DOW-UAP-D14, Mission Report, Iraq, May 2022
Agency: Department of War
Incident date: 5/29/22
Incident location: Syria
Page 1
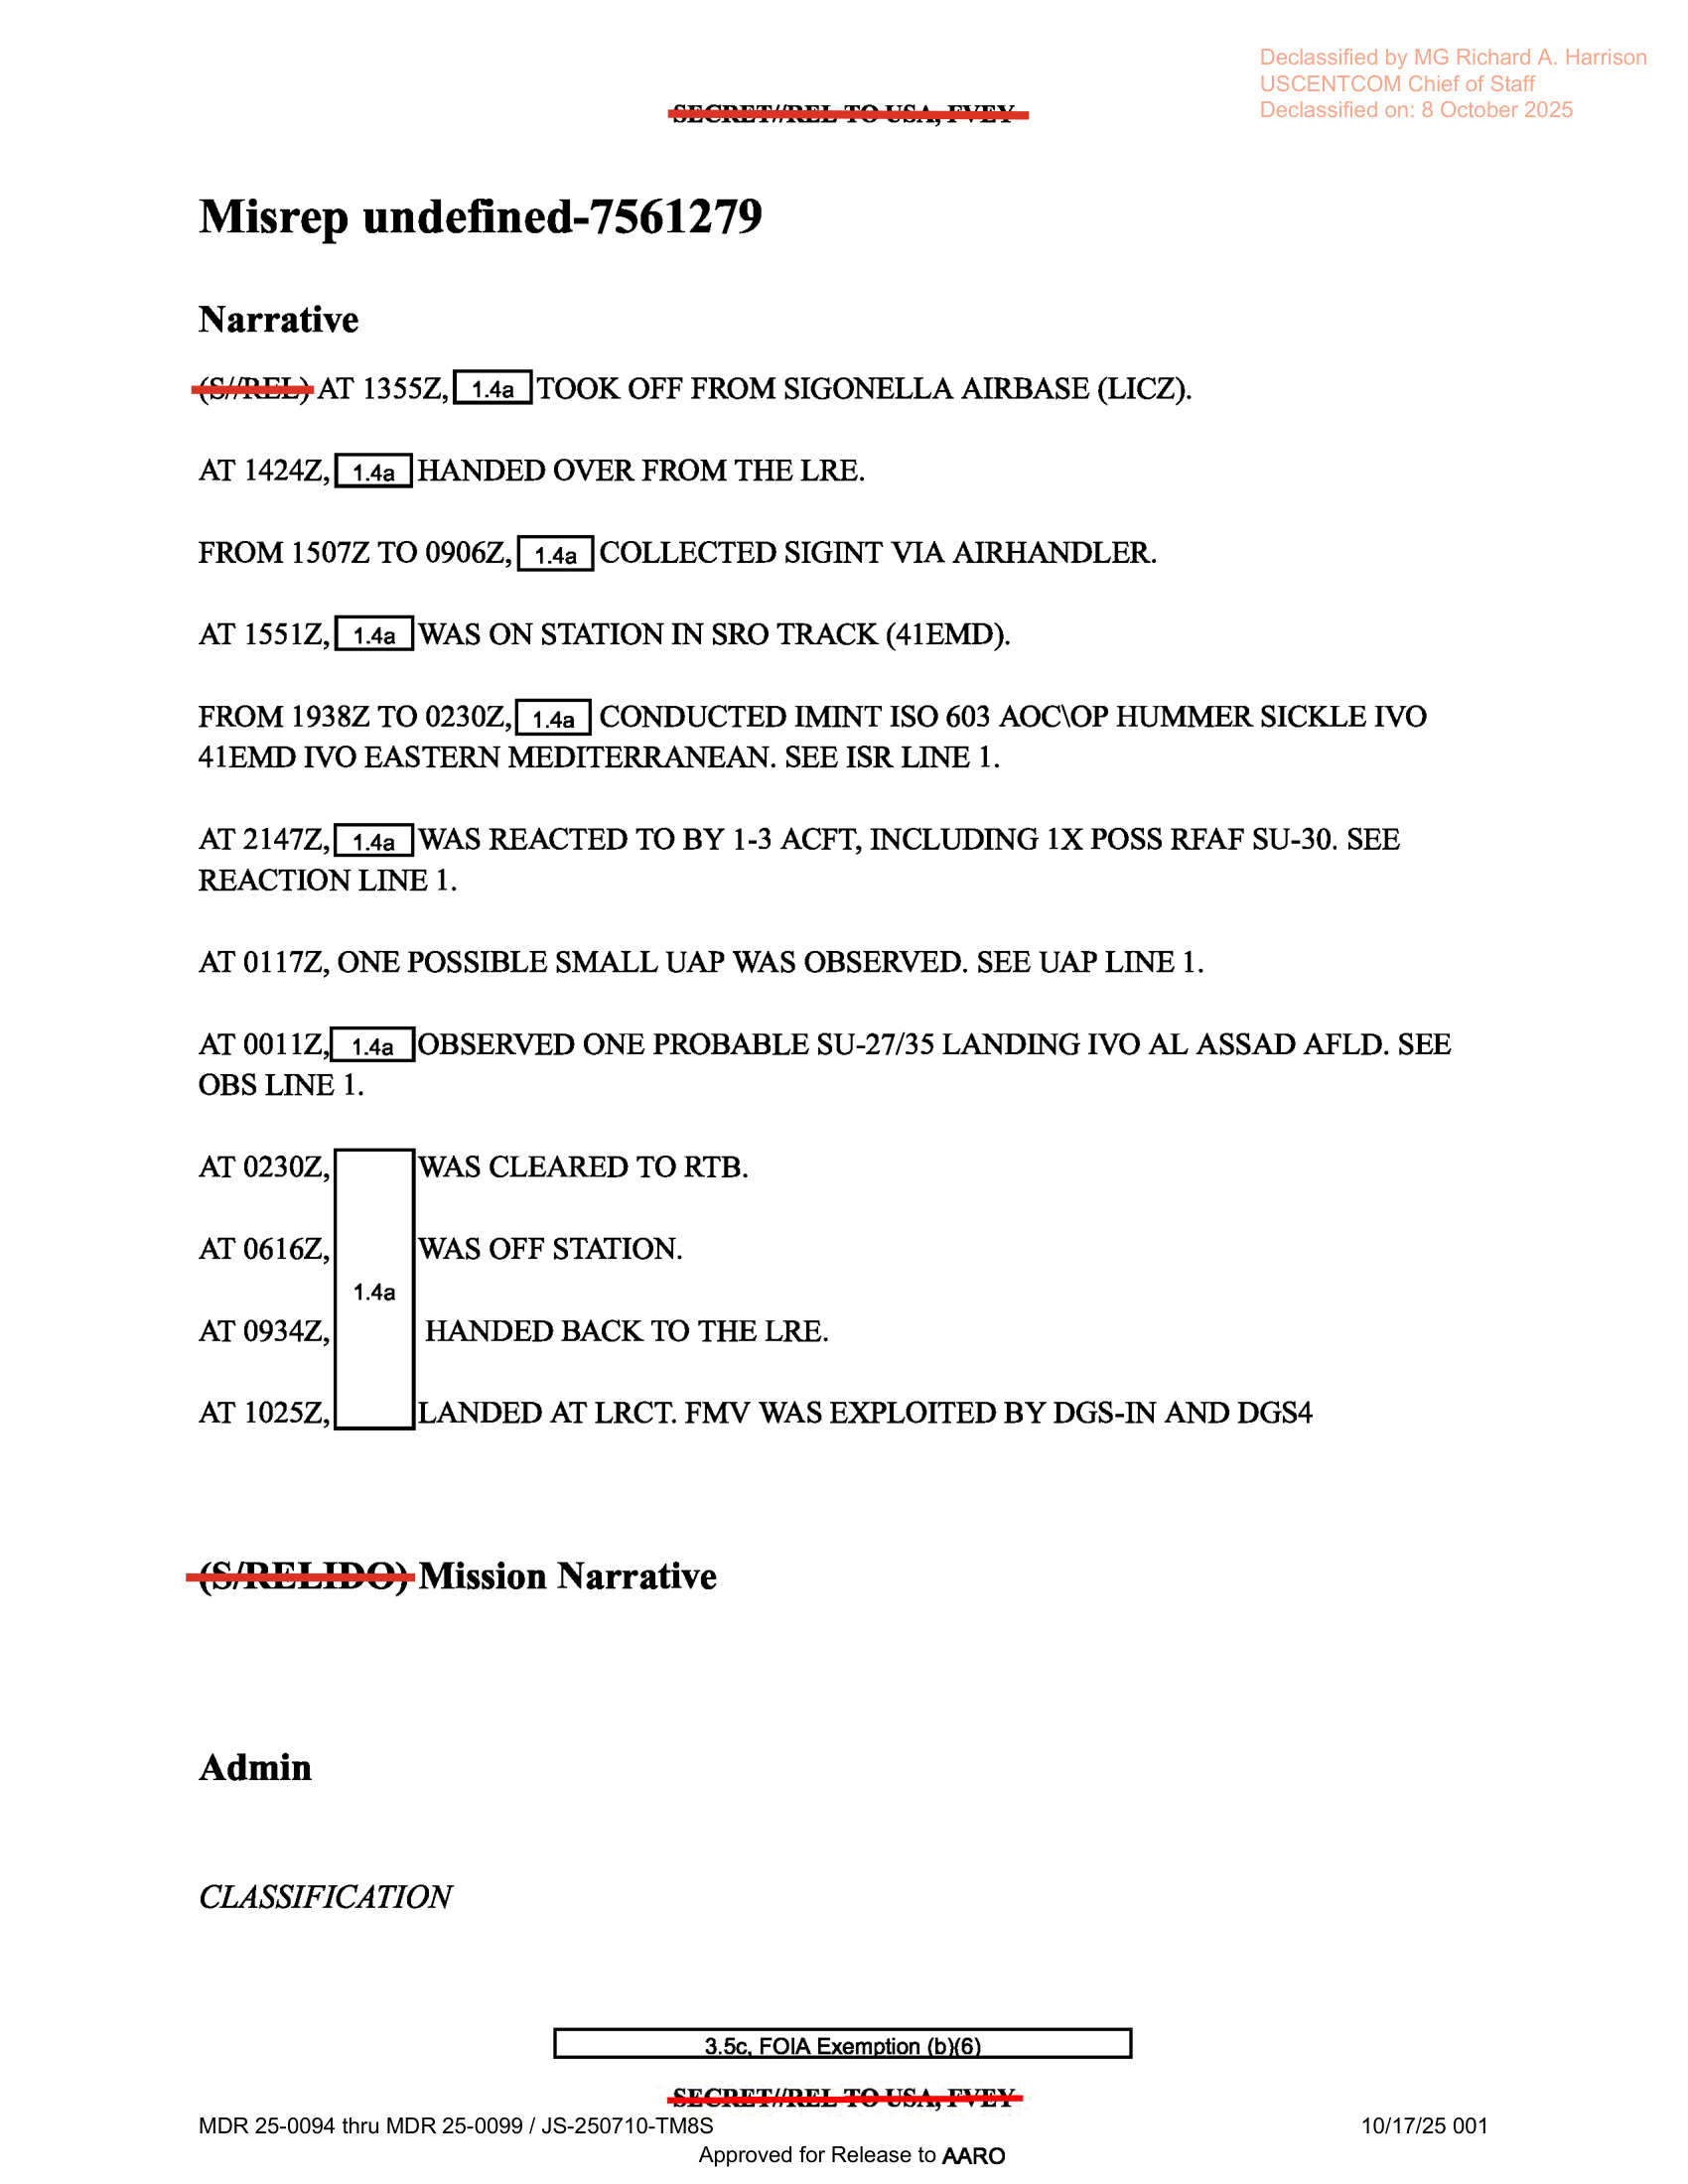